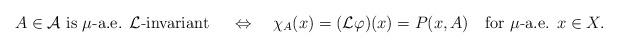
LaTeX: \begin{align*}A \in {\mathcal A} \mbox{ is } \mu\mbox{-a.e. } {\mathcal L}\mbox{-invariant } \ \ \ \Leftrightarrow \ \ \ \chi_A(x) = ({\mathcal L} \varphi) (x) = P(x, A) \ \ \mbox{ for } \mu\mbox{-a.e. } x \in X.\end{align*}